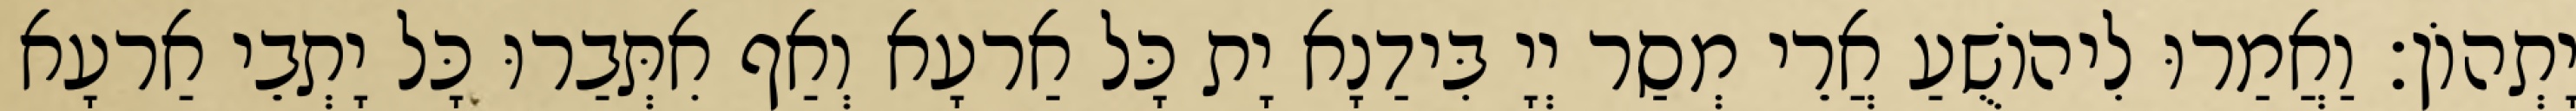
יָתְהוֹן׃ וַאֲמַרוּ לִיהוֹשֻׁעַ אֲרֵי מְסַר יְיָ בִּידַנָא יָת כָּל אַרעָא וְאַף אִתְּבַרוּ כָּל יָתְבֵי אַרעָא